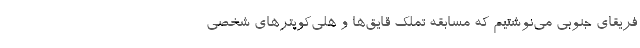
فریقای جنوبی می‌نوشتیم که مسابقه تملک قایق‌ها و هلی‌کوپترهای شخصی